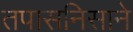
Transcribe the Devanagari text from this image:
तपासनिसाने